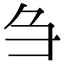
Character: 刍